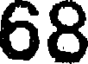
68